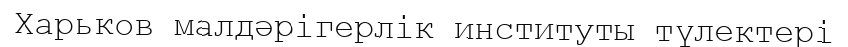
Харьков малдәрігерлік институты түлектері